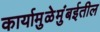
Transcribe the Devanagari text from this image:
कार्यामुळेमुंबईतील